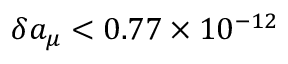
\delta a _ { \mu } < 0 . 7 7 \times 1 0 ^ { - 1 2 }